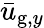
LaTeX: \bar{u}_{\mathrm{g},y}